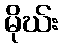
မိုဃ်း